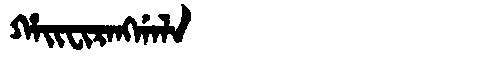
Manchu: ᡥᠠᡳᠸᡳᡵᠠᠩᡤᠠᠯᠠ
Romanization: HAIFIRANGGALA